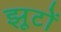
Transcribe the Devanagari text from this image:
झूटों